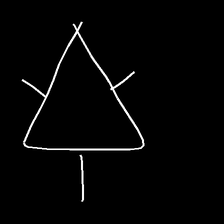
Glyph: fire